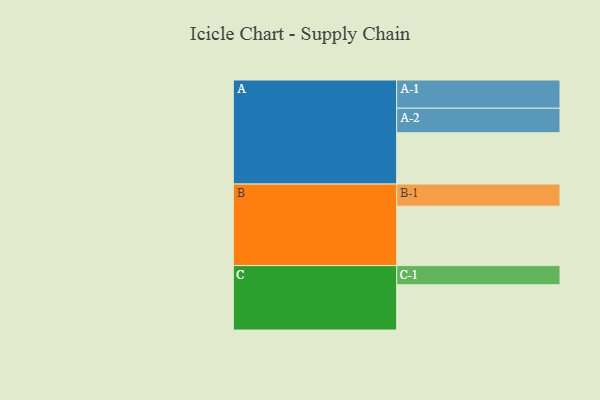
{"axis": {"x": "Segment", "y": "Value"}, "legend": ["", "A", "B", "C"], "data": [{"x": "A", "y": 508, "type": ""}, {"x": "B", "y": 587, "type": ""}, {"x": "C", "y": 447, "type": ""}, {"x": "A-1", "y": 279, "type": "A"}, {"x": "A-2", "y": 242, "type": "A"}, {"x": "B-1", "y": 219, "type": "B"}, {"x": "C-1", "y": 190, "type": "C"}]}